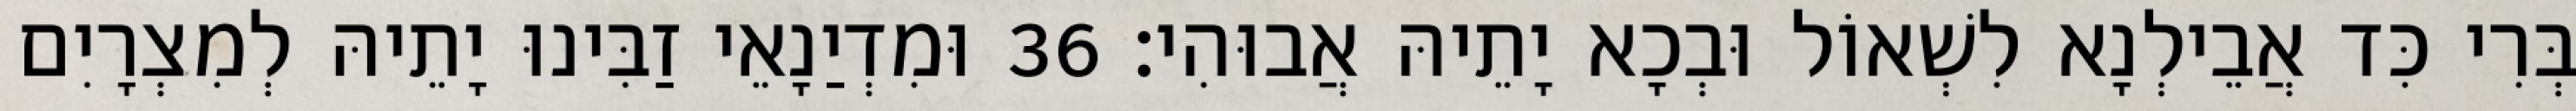
בְּרִי כִּד אֲבֵילְנָא לִשְׁאוֹל וּבְכָא יָתֵיהּ אֲבוּהִי׃ 36 וּמִדְיַנָאֵי זַבִּינוּ יָתֵיהּ לְמִצְרָיִם